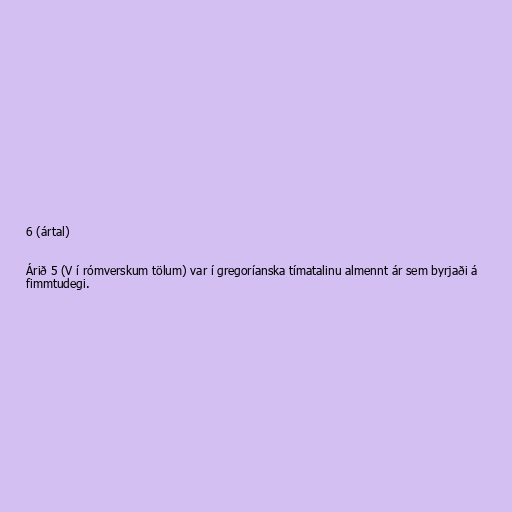
6 (ártal)

Árið 5 (V í rómverskum tölum) var í gregoríanska tímatalinu almennt ár sem byrjaði á
fimmtudegi.